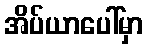
အိပ်ယာပေါ်မှာ